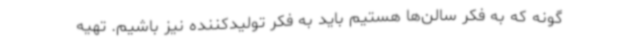
گونه که به فکر سالن‌ها هستیم باید به فکر تولیدکننده نیز باشیم. تهیه